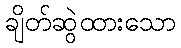
ချိတ်ဆွဲထားသော